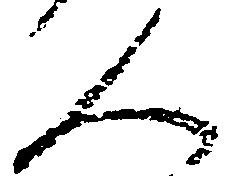
人